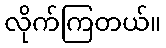
လိုက်ကြတယ်။